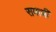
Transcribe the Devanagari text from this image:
समाधीं